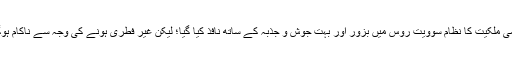
قومی ملکیت کا نظام سوویت روس میں بزور اور بہت جوش و جذبہ کے ساتھ نافذ کیا گیا؛ لیکن غیر فطری ہونے کی وجہ سے ناکام ہوگیا۔